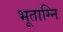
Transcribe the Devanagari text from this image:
भूताग्नि